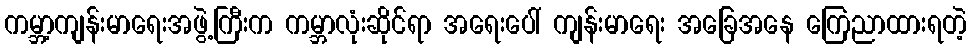
ကမ္ဘာ့ကျန်းမာရေးအဖွဲ့ကြီးက ကမ္ဘာလုံးဆိုင်ရာ အရေးပေါ် ကျန်းမာရေး အခြေအနေ ကြေညာထားရတဲ့